65_HS1-834228961_62-HQ-83894_Section_5
Agency: FBI
Page 88
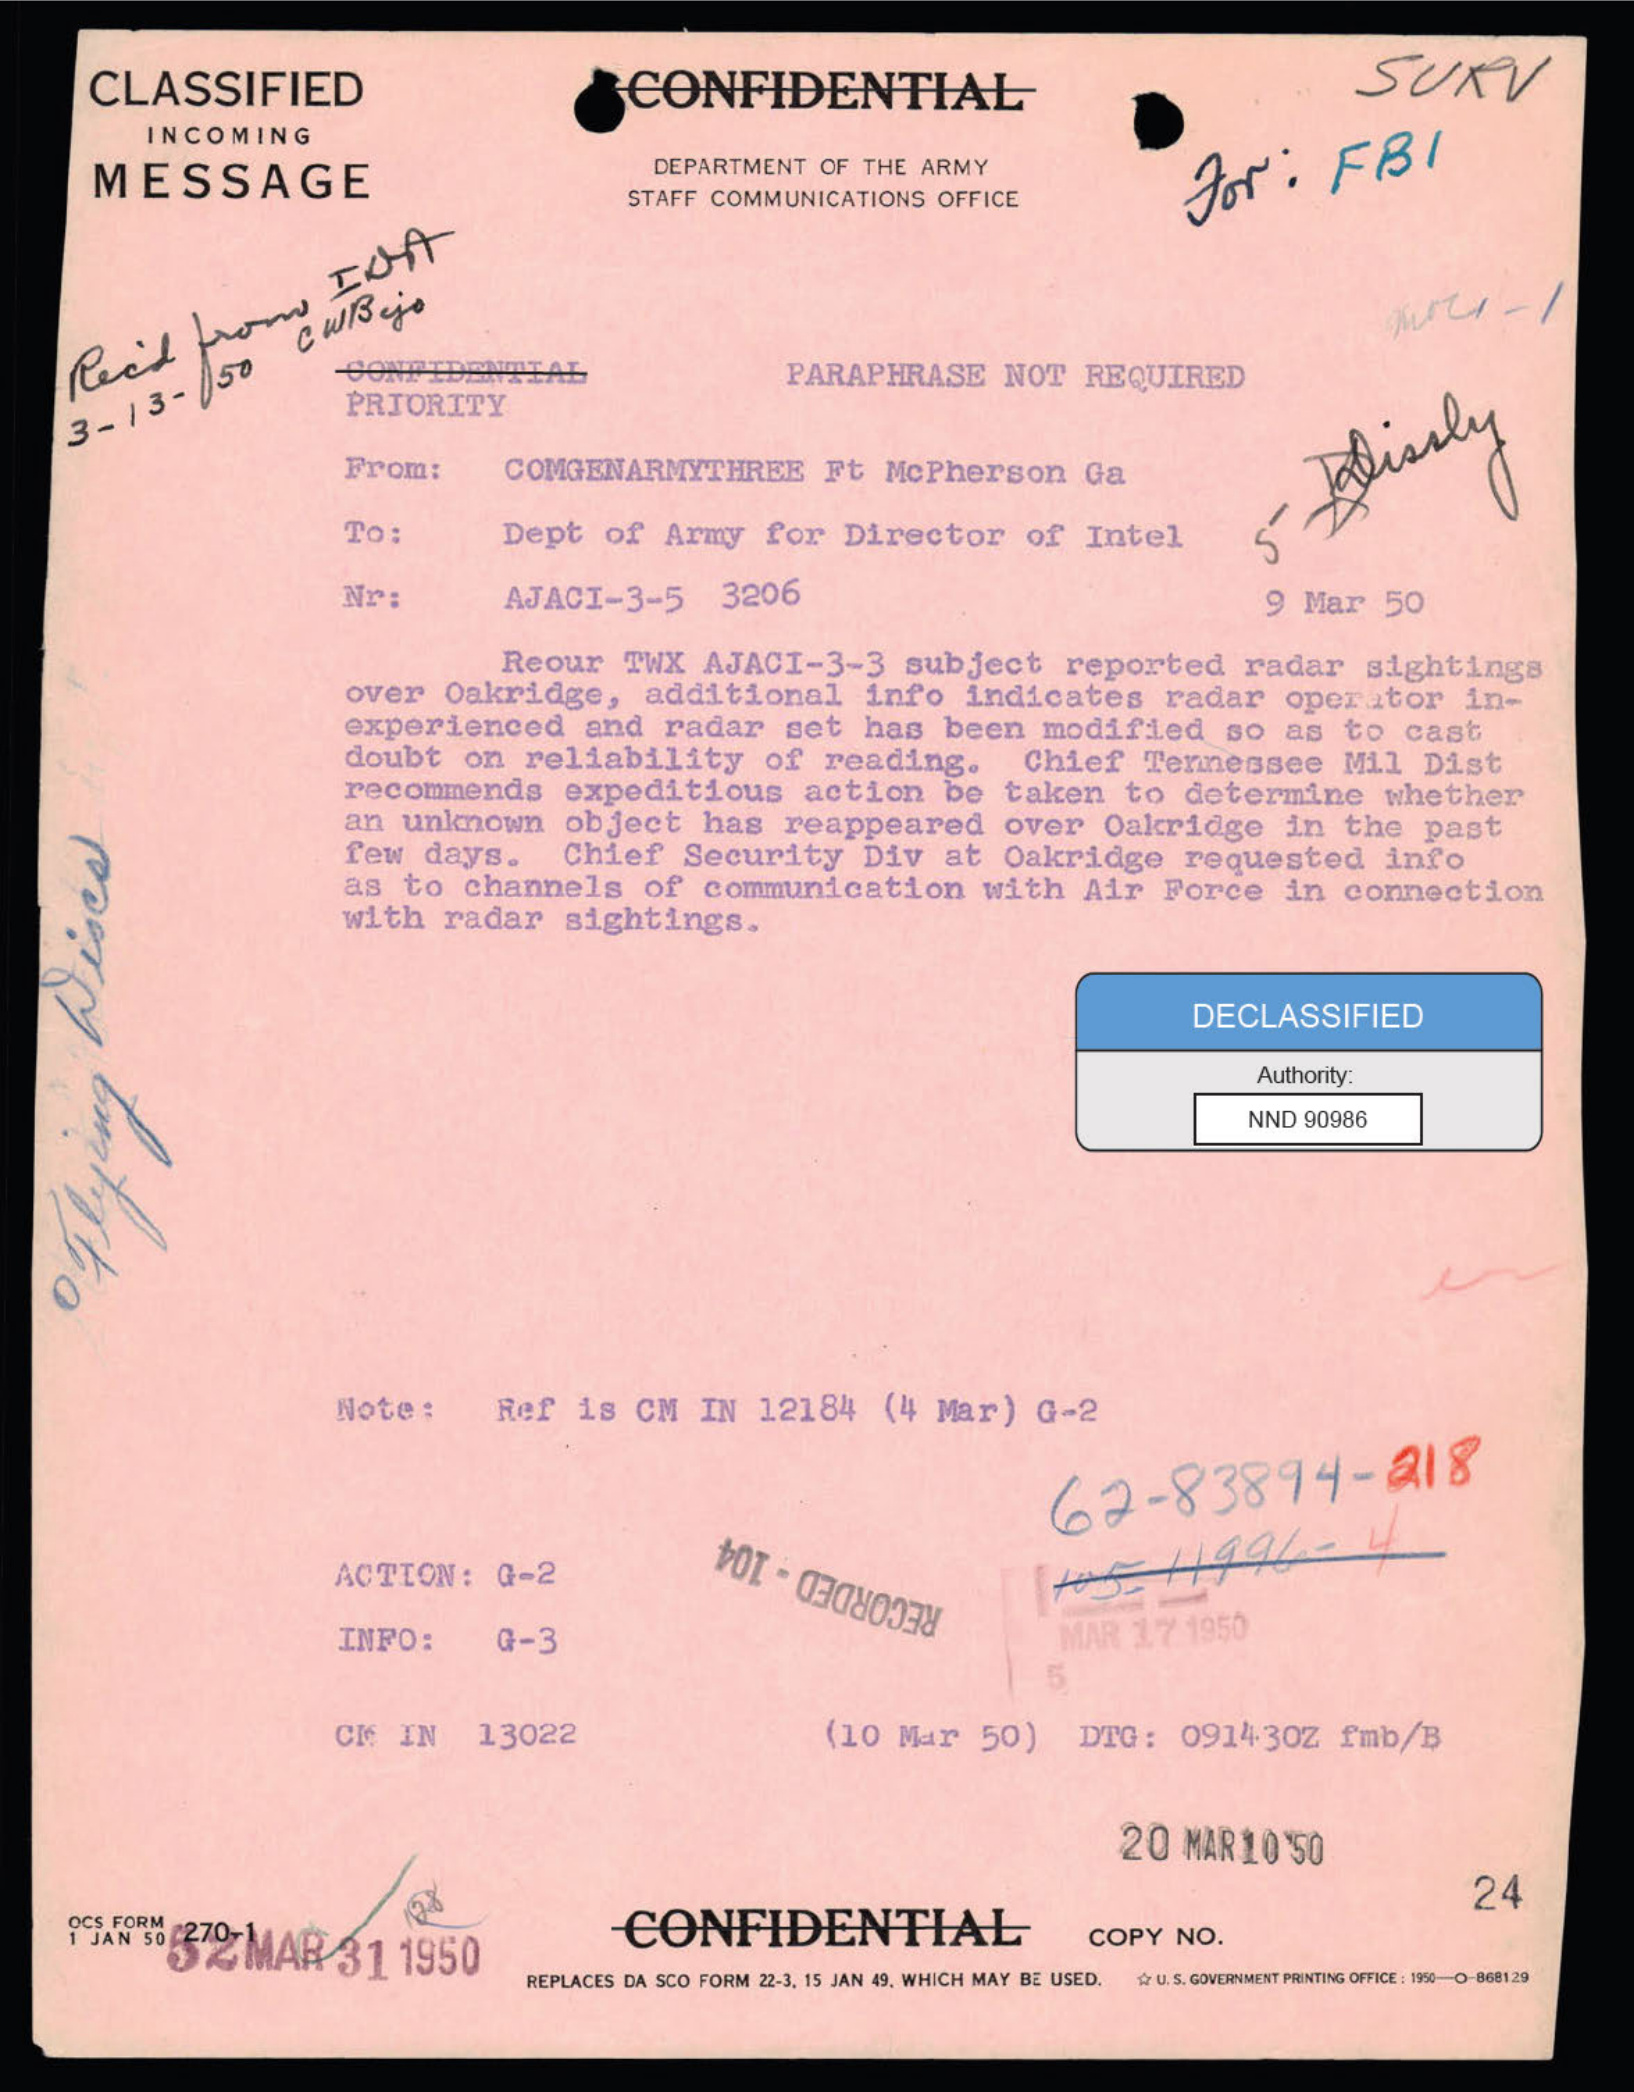